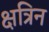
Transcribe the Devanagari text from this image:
क्षत्रिन